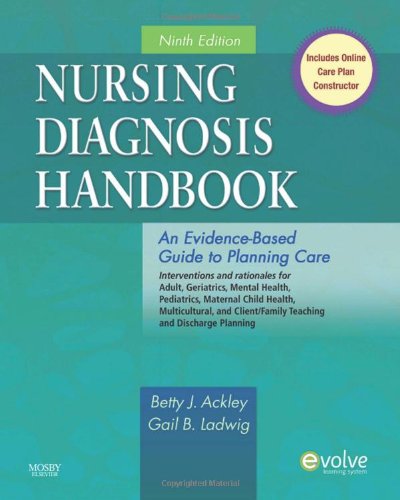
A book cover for Nursing Diagnosis Handbook: An Evidence-Based Guide to Planning Care, 9e; Betty J. Ackley; Medical Books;